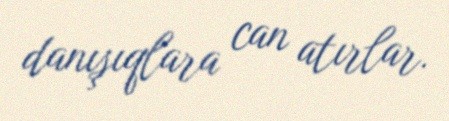
danışıqlara can atırlar.